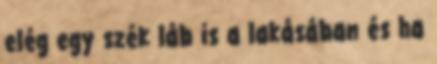
elég egy szék láb is a lakásában és ha